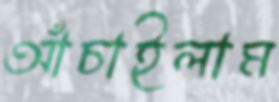
আঁচাইলাম